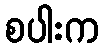
စပါးက